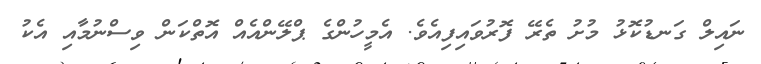
ނައިލް ގަނޑުކޮޅު މުށު ތެރޭ ފޮރުވައިފިއެވެ. އެމީހުންގެ ޕްލޭންއެއް އޮތްކަން ވިސްނުމާއި އެކު